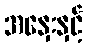
အနှေးနှင့်